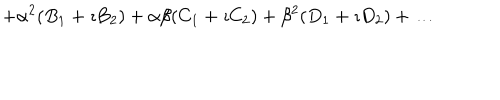
+ \alpha ^ { 2 } ( B _ { 1 } + \imath B _ { 2 } ) + \alpha \beta ( C _ { 1 } + \imath C _ { 2 } ) + \beta ^ { 2 } ( D _ { 1 } + \imath D _ { 2 } ) + \ldots